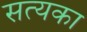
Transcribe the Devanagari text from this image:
सत्यका